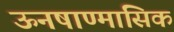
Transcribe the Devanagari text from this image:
ऊनषाण्मासिक